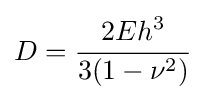
D={\cfrac {2Eh^{3}}{3(1-\nu ^{2})}}